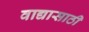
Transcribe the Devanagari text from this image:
वाद्यासाठी